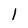
Character: 1